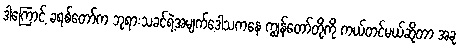
ဒါကြောင့် ခရစ်တော်က ဘုရားသခင်ရဲ့အမျက်ဒေါသကနေ ကျွန်တော်တို့ကို ကယ်တင်မယ်ဆိုတာ အခု